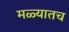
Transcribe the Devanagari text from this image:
मळ्यातच